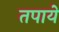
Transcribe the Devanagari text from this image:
तपाये